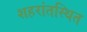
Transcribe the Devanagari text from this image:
शहरांतस्थित